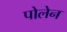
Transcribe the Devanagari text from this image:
पोलेन